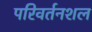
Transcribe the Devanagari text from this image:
परिवर्तनशल